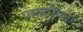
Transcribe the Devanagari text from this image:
प्रमापीयता